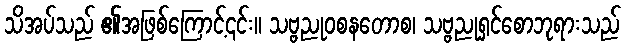
သိအပ်သည် ၏အဖြစ်ကြောင့်၎င်း။ သဗ္ဗညုဝစနတောစ၊ သဗ္ဗညုရှင်စောဘုရားသည်